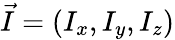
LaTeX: \vec{I}=(I_{x},I_{y},I_{z})